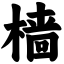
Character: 樯